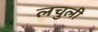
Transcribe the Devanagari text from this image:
लचुली